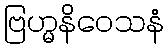
ဗြဟ္မနိဝေသနံ